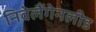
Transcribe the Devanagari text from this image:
निवेलैंगेनलीड